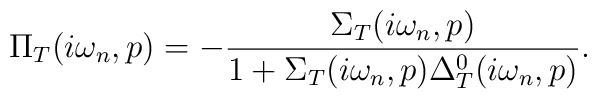
\Pi_T (i\omega_n,p) = -\frac{\Sigma_T  (i\omega_n,p)}{1+\Sigma_T(i\omega_n,p)\Delta_T^0(i\omega_n,p)}.